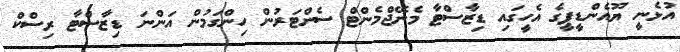
އުޅެނީ ޔޫއެންޑީޕީގެ އެހީގައި ޑިޒާސްޓާ މެނޭޖްމެންޓް ސެންޓަރުން ހިންގަމުން އަންނަ ޑިޒާސްޓާ ރިސްކް